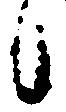
候